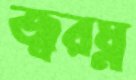
জ্বরঘ্ন